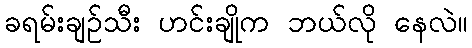
ခရမ်းချဉ်သီး ဟင်းချိုက ဘယ်လို နေလဲ။